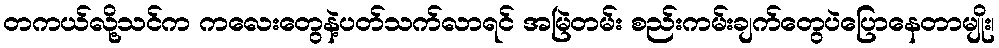
တကယ်လို့သင်က ကလေးတွေနဲ့ပတ်သက်လာရင် အမြဲတမ်း စည်းကမ်းချက်တွေပဲပြောနေတာမျိုး၊